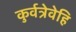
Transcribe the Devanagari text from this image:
कुर्वत्रेवेहि